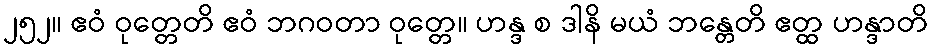
၂၅၂။ ဧဝံ ဝုတ္တေတိ ဧဝံ ဘဂဝတာ ဝုတ္တေ။ ဟန္ဒ စ ဒါနိ မယံ ဘန္တေတိ ဧတ္ထ ဟန္ဒာတိ